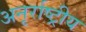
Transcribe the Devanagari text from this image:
अनृर्राष्ट्रीय